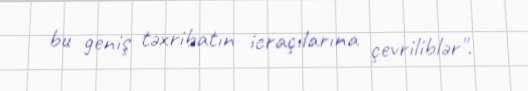
bu geniş təxribatın icraçılarına çevriliblər".